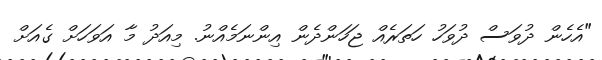
"އެހެން ދުވަސް ދުވަހު ހަތަރެއް ޖަހަންދެން އިންނަމެއްނު. މިއަދު މާ އަވަހަށް ގެއަށް